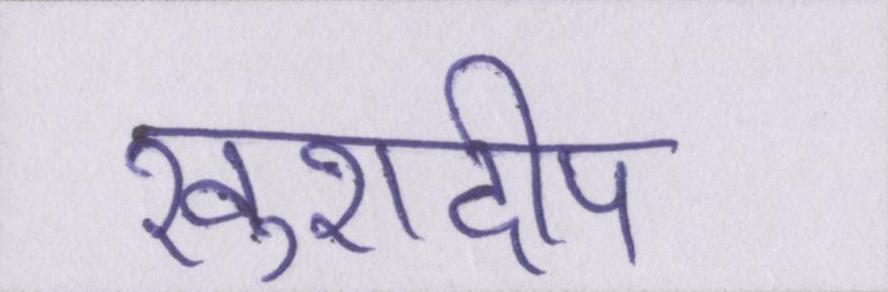
खुशदीप